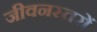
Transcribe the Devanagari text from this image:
जीवनस्तरों